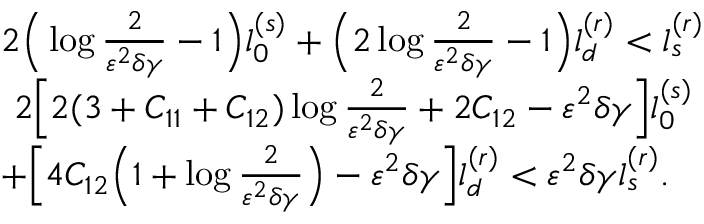
\begin{array} { r l } & { 2 \Big ( \log \frac { 2 } { \varepsilon ^ { 2 } \delta \gamma } - 1 \Big ) l _ { 0 } ^ { ( s ) } + \Big ( 2 \log \frac { 2 } { \varepsilon ^ { 2 } \delta \gamma } - 1 \Big ) l _ { d } ^ { ( r ) } < l _ { s } ^ { ( r ) } } \\ & { ~ 2 \Big [ 2 ( 3 + C _ { 1 1 } + C _ { 1 2 } ) \log \frac { 2 } { \varepsilon ^ { 2 } \delta \gamma } + 2 C _ { 1 2 } - \varepsilon ^ { 2 } \delta \gamma \Big ] l _ { 0 } ^ { ( s ) } } \\ & { + \Big [ 4 C _ { 1 2 } \Big ( 1 + \log \frac { 2 } { \varepsilon ^ { 2 } \delta \gamma } \Big ) - \varepsilon ^ { 2 } \delta \gamma \Big ] l _ { d } ^ { ( r ) } < \varepsilon ^ { 2 } \delta \gamma l _ { s } ^ { ( r ) } . } \end{array}